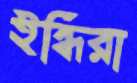
ইন্ধিরা